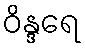
ဝိန္ဒရေ